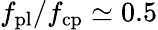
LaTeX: f_{\mathrm{pl}}/f_{\mathrm{cp}}\simeq 0.5